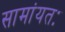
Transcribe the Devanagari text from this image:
सामांयतः